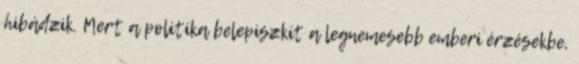
hibádzik. Mert a politika belepiszkít a legnemesebb emberi érzésekbe,